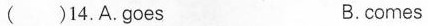
( )14.A.goes B.comes